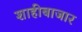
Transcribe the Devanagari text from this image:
शाहीबाजार